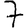
Digit: 7